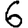
Digit: 6